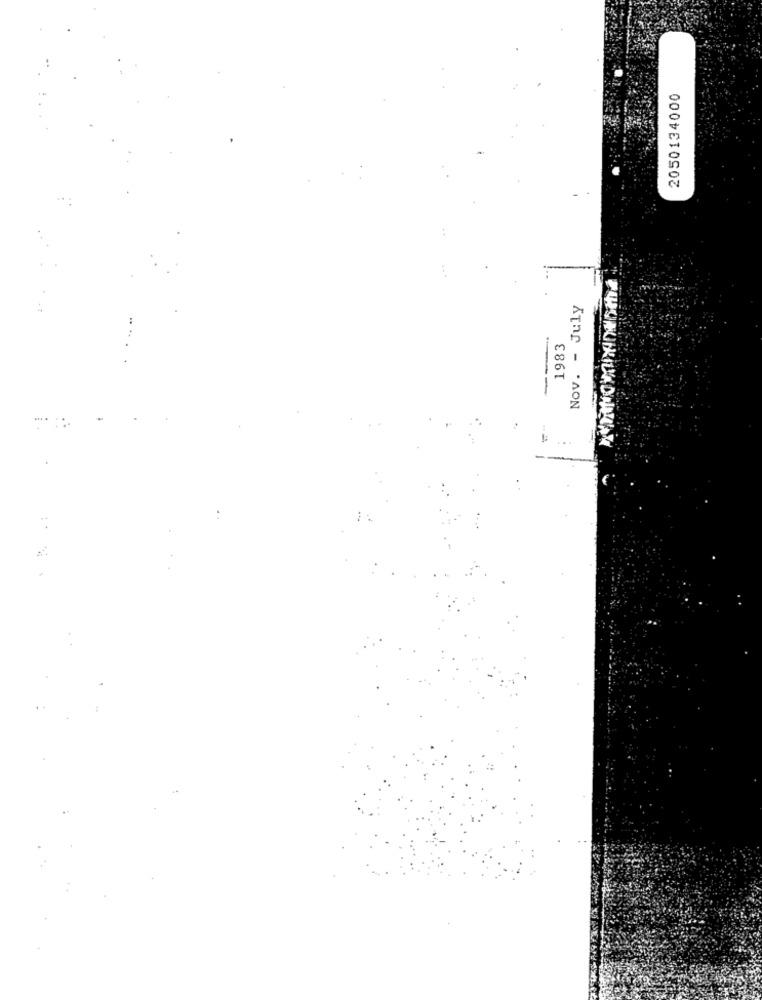
2050134000
Nov. - July
1983
-